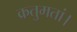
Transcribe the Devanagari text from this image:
क्रतुमतां।